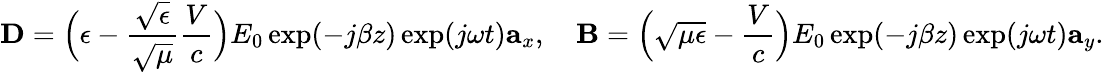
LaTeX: \mathbf{D}=\Big(\epsilon-\frac{\sqrt{\epsilon}}{\sqrt{\mu}}{\frac{V}{c}}\Big)E_{0}\exp(-j\beta z)\exp(j\omega t)\mathbf{a}_{x},\quad\mathbf{B}=\Big(\sqrt{\mu\epsilon}-{\frac{V}{c}}\Big)E_{0}\exp(-j\beta z)\exp(j\omega t)\mathbf{a}_{y}.